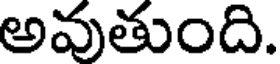
అవుతుంది.